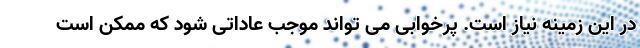
در این زمینه نیاز است. پرخوابی می تواند موجب عاداتی شود که ممکن است